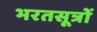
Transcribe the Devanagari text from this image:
भरतसूत्रों